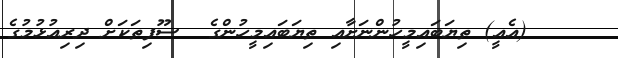
٣٣    (އެއީ) ތިޔަބައިމީހުންނަށާއި ތިޔަބައިމީހުންގެ  ސޫފިތަކަށް ދިރިއުޅުމުގެ